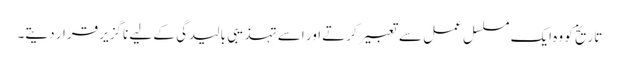
تاریخ کو وہ ایک مسلسل عمل سے تعبیر کرتے اور اسے تہذیبی بالیدگی کے لیے ناگزیر قرار دیتے۔